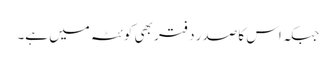
جبکہ اس کا صدر دفتر بھی کوئٹہ میں ہے۔